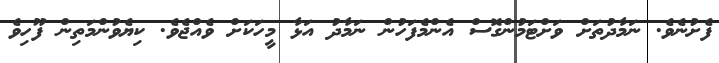
ފެށުނެވެ. ނަމާދުތަށް ވަށްޓަމުންގޮސް އެންމެފަހުން ނަމާދު އަޅާ މީހަކަށް ވެއްޖެވެ. ކިޔެވުންމަތިން ފޫހިވެ